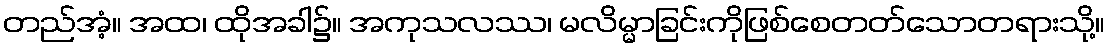
တည်အံ့။ အထ၊ ထိုအခါ၌။ အကုသလဿ၊ မလိမ္မာခြင်းကိုဖြစ်စေတတ်သောတရားသို့။